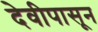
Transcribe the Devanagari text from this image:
देवीपासून